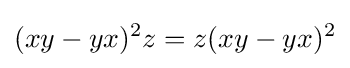
(xy-yx)^{2}z=z(xy-yx)^{2}